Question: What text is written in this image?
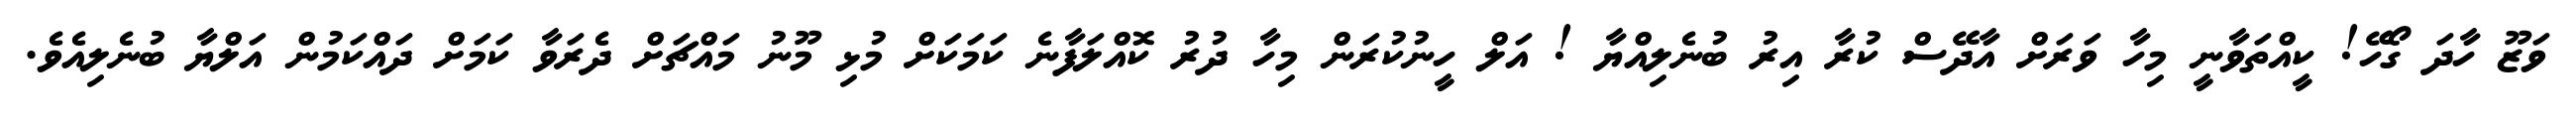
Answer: ވަޒޫ ހާދަ ގޯހޭ! ކީއްތަވާނީ މިހާ ވަރަށް އާދޭސް ކުރާ އިރު ބުނެލިއްޔާ ! އަލް ހީނުކުރަން މިހާ ދުރު ކޮއްލަފާނެ ކަމަކަށް މުޅި މޫނު މައްޗަށް ދެރަވާ ކަމަށް ދައްކަމުން އަލްޔާ ބުނެލިއެވެ.